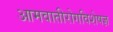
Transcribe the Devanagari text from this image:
आमवातीरोगविशेषज्ञ